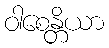
ဝါစေန္တိယာ